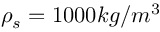
\rho _ { s } = 1 0 0 0 k g / m ^ { 3 }